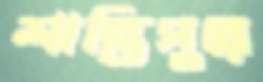
শান্তিপুরে